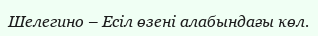
Шелегино – Есіл өзені алабындағы көл.